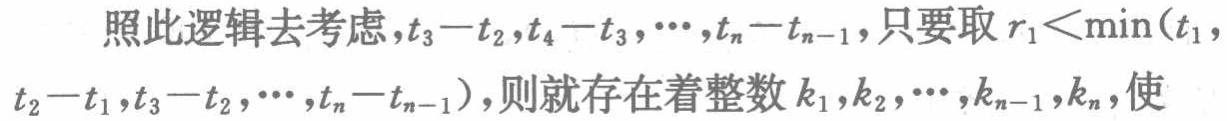
照此逻辑去考虑,$t_{3}-t_{2},t_{4}-t_{3},\cdots,t_{n}-t_{n - 1}$, 只要取$r_{1}<\min(t_{1},t_{2}-t_{1},t_{3}-t_{2},\cdots,t_{n}-t_{n - 1})$, 则就存在着整数$k_{1},k_{2},\cdots,k_{n - 1},k_{n}$, 使